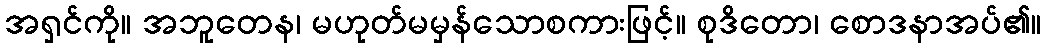
အရှင်ကို။ အဘူတေန၊ မဟုတ်မမှန်သောစကားဖြင့်။ စုဒိတော၊ စောဒနာအပ်၏။